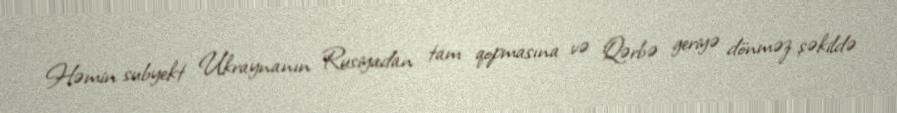
Həmin subyekt Ukraynanın Rusiyadan tam qopmasına və Qərbə geriyə dönməz şəkildə